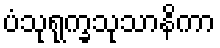
ပံသုရုက္ခသုသာနိကာ